Vaccination in Bombay 1889-1901 - 1889-1901
Year: 1889
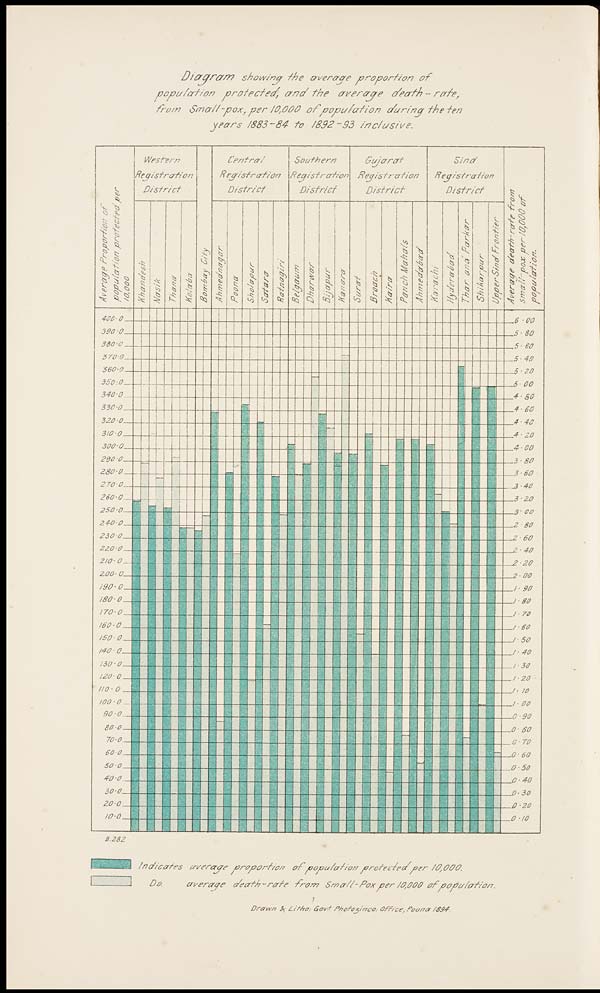
Diagram
showing
the average proportion
of
population protected,
and
the average
death
- rate,
from Small-pox, per 10,000 of population
during
the ten
years 1883-84 to 1892-93
inclusive.
Indicates average proportion of population protected per 10,000.
Do.
average death-rate from Small-Pox per 10,000 of population.
Drawn & Litho: Govt photosince, Office, Poona 1894.